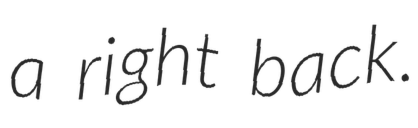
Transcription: a right back.